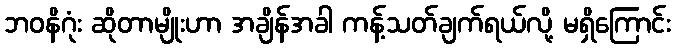
ဘဝနိဂုံး ဆိုတာမျိုးဟာ အချိန်အခါ ကန့်သတ်ချက်ရယ်လို့ မရှိကြောင်း